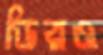
ডিরও